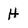
Character: H